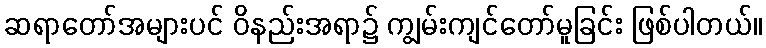
ဆရာတော်အများပင် ဝိနည်းအရာ၌ ကျွမ်းကျင်တော်မူခြင်း ဖြစ်ပါတယ်။